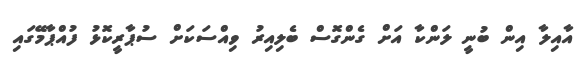
އާއިލާ އިން ބުނީ ލަންކާ އަށް ގެންގޮސް ބެލިއިރު ވިއްސަކަށް ސުޕާރީކޮޅު ފުއްޕާމޭގައި